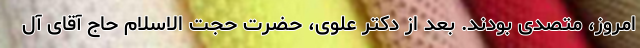
امروز، متصدی بودند. بعد از دکتر علوی، حضرت حجت الاسلام حاج آقای آل